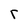
Character: r